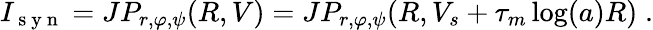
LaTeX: I_{\mathrm{~s~y~n~}}=JP_{r,\varphi,\psi}(R,V)=JP_{r,\varphi,\psi}(R,V_{s}+\tau_{m}\log(a)R)\; .